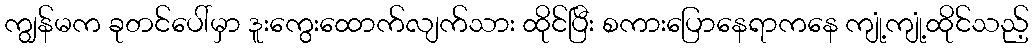
ကျွန်မက ခုတင်ပေါ်မှာ ဒူးကွေးထောက်လျက်သား ထိုင်ပြီး စကားပြောနေရာကနေ ကျုံ့ကျုံ့ထိုင်သည့်